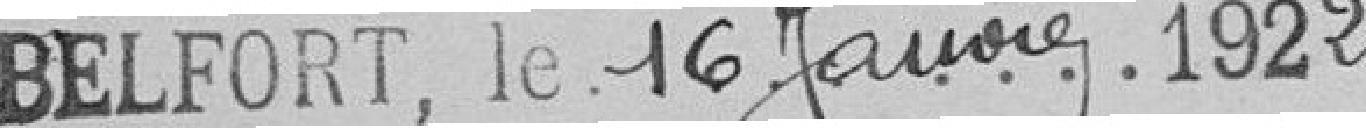
Belfort, le 16 janvier 1922